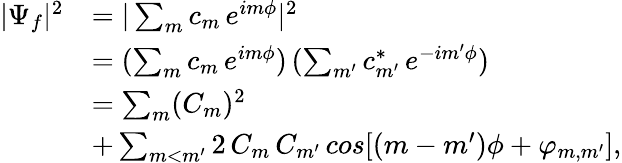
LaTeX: \begin{array}{rl}{|\Psi_{f}|^{2}}&{=|\sum_{m}c_{m}\, e^{im\phi}|^{2}}\\ &{=(\sum_{m}c_{m}\, e^{im\phi})\, (\sum_{m^{\prime}}c_{m^{\prime}}^{*}\, e^{-im^{\prime}\phi})}\\ &{=\sum_{m}(C_{m})^{2}}\\ &{+\sum_{m<m^{\prime}}2\, C_{m}\, C_{m^{\prime}}\, cos[(m-m^{\prime})\phi+\varphi_{m,m^{\prime}}],}\end{array}